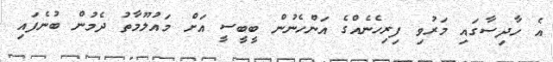
އެ ހާދިސާގައި މަރުވި ފިރިހެނެއްގެ އަންހެނުން ބީބީސީ އަށް މައުލޫމާތު ދެމުން ބުނެފައި